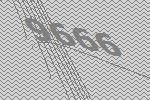
9666